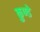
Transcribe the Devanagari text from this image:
कुण्डे